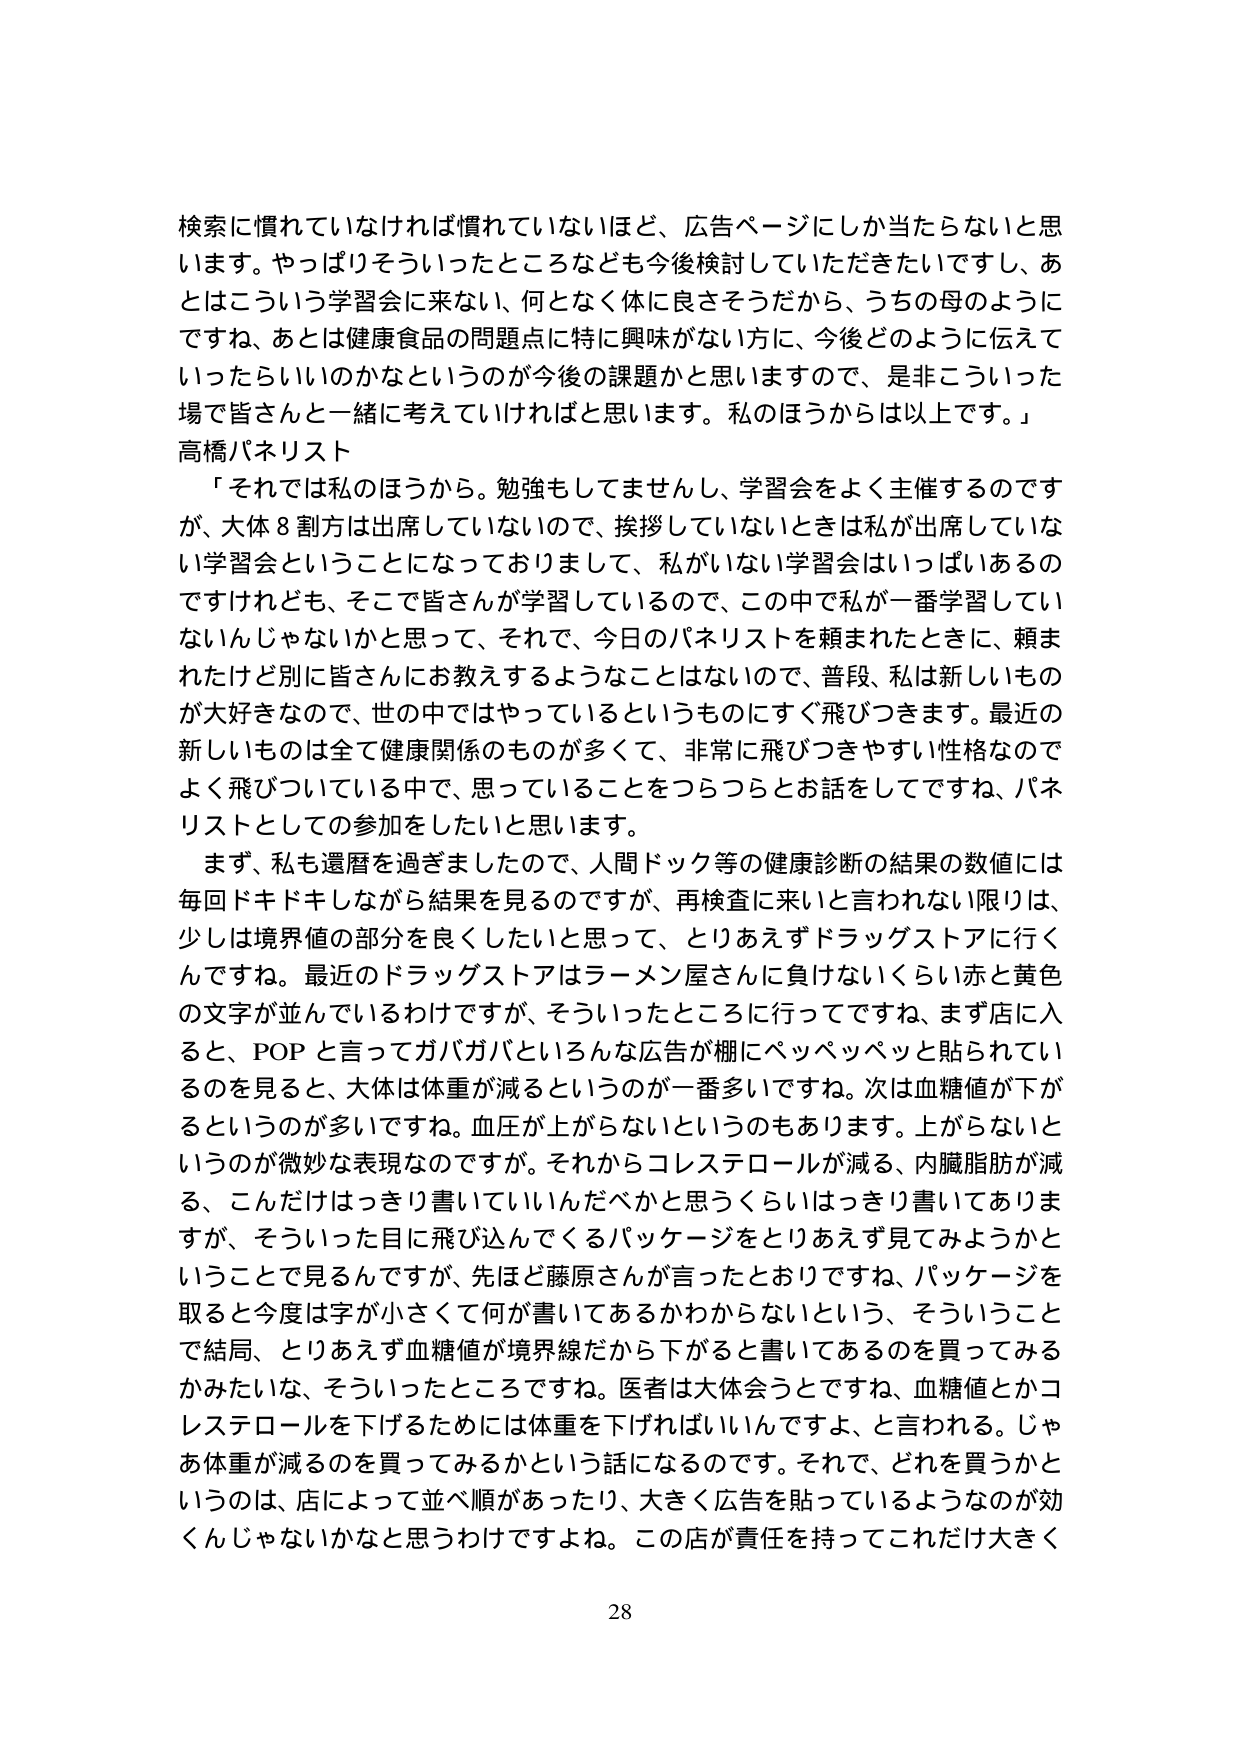
検索に慣れていないければ慣れていないほど、広告ページにしか当たらないと思います。やっぱりそういったところなども今後検討していただきたいですし、あとはこういう学習会に来ない、何となく体に良さそうだから、うちの母のようにですね、あとは健康食品の問題点に特に興味がない方に、今後どのように伝えていったらいいのかなというのが今後の課題かと思いますので、是非こういった場で皆さんと一緒に考えていければと思います。私のほうからは以上です。」

高橋パネリスト

「それでは私のほうから。勉強もしてませんし、学習会をよく主催するのですが、大体８割方は出席していないので、挨拶していないときは私が出席していない学習会ということになっておりまして、私がいない学習会はいっぱいあるのですけれども、そこで皆さんが学習しているので、この中で私が一番学習していないんじゃないかと思って、それで、今日のパネリストを頼まれたときに、頼まれたけど別に皆さんにお教えするようなことはないので、普段、私は新しいものが大好きなので、世の中ではやっているというものにすぐ飛びつきます。最近の新しいものは全て健康関係のものが多くて、非常に飛びつきやすい性格なのでよく飛びついている中で、思っていることをつらつらとお話をしてですね、パネリストとしての参加をしたいと思います。

まず、私も還暦を過ぎましたので、人間ドック等の健康診断の結果の数値には毎回ドキドキしながら結果を見るのですが、再検査に来いと言われない限りは、少しは境界値の部分を良くしたいと思って、とりあえずドラッグストアに行くんですね。最近のドラッグストアはラーメン屋さんに負けないくらい赤と黄色の文字が並んでいるわけですが、そういったところに行ってですね、まず店に入ると、POPと言ってガバガバといろんな広告が棚にペッペッペッと貼られているのを見ると、大体は体重が減るというのが一番多いですね。次は血糖値が下がるというのが多いですね。血圧が上がらないというのもあります。上がらないというのが微妙な表現なのですが。それからコレステロールが減る、内臓脂肪が減る、こんだけはっきり書いていいんだべかと思うくらいはっきり書いてありますが、そういった目に飛び込んでくるパッケージをとりあえず見てみようかということで見るんですが、先ほど藤原さんが言ったとおりですね、パッケージを取ると今度は字が小さくて何が書いてあるかわからないという、そういうことで結局、とりあえず血糖値が境界線だから下がると書いてあるのを買ってみるかみたいな、そういったところですね。医者は大体会うとですね、血糖値とかコレステロールを下げるためには体重を下げればいいんですよ、と言われる。じゃあ体重が減るのを買ってみるかという話になるのです。それで、どれを買うかというのは、店によって並べ順があったり、大きく広告を貼っているようなのが効くんじゃないかなと思うわけですよね。この店が責任を持ってこれだけ大きく

28